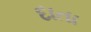
દાતા